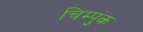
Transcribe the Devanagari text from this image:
चिम्पुंक